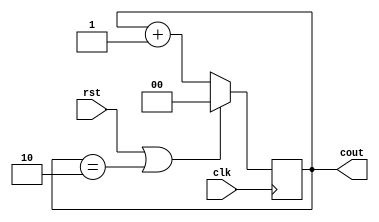
module mod3(input clk , input rst , output reg [1:0]cout );
always @(posedge clk)
begin 
    if(rst || cout==2'b10)
    cout<=2'b00;
    else
    cout<=cout+2'b01;
end
endmodule